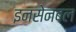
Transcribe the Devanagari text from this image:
इनसेनबल